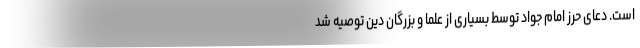
است. دعای حرز امام جواد توسط بسیاری از علما و بزرگان دین توصیه شد